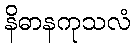
နိဓာနကုသလံ